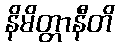
နိမိတ္တာနီတိ